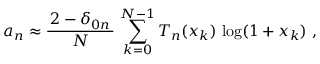
a _ { n } \approx { \frac { \, 2 - \delta _ { 0 n } \, } { N } } \, \sum _ { k = 0 } ^ { N - 1 } T _ { n } ( x _ { k } ) \, \log ( 1 + x _ { k } ) ~ ,